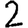
Digit: 2